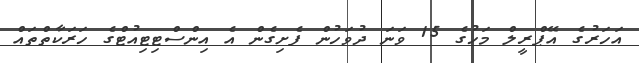
އަހަރުގެ އޭޕްރީލް މަހުގެ 15 ވަނަ ދުވަހުން ފެށިގެން އެ އިންސްޓިޓިއުޓްގެ ހަރަކާތްތައް